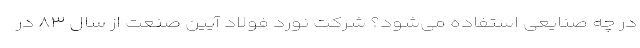
در چه صنایعی استفاده می‌شود؟ شرکت نورد فولاد آیین صنعت از سال ۸۳ در